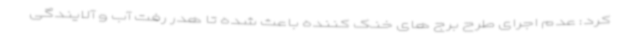
کرد: عدم اجرای طرح برج های خنک کننده باعث شده تا هدر رفت آب و آلایندگی